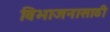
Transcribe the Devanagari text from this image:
विभाजनासाठी